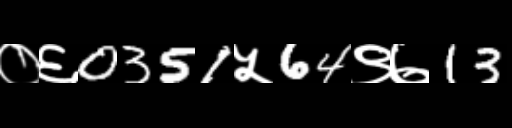
Text: ०६0351५64९७13